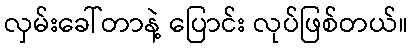
လှမ်းခေါ်တာနဲ့ ပြောင်း လုပ်ဖြစ်တယ်။